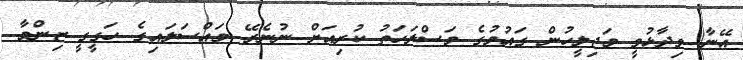
އޭނާ ވިދާޅުވީ މަޖިލީހުން ގައުމުގެ މަސްލަހަތު ކުރިއަށް ނުނެރޭ މައްސަލައިގެ ހަގީގީ ޒިންމާ